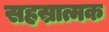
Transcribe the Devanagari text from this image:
सहस्रात्मक